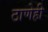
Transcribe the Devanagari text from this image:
ठाणेही